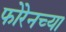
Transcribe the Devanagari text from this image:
फोरेनच्या